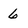
Character: 6